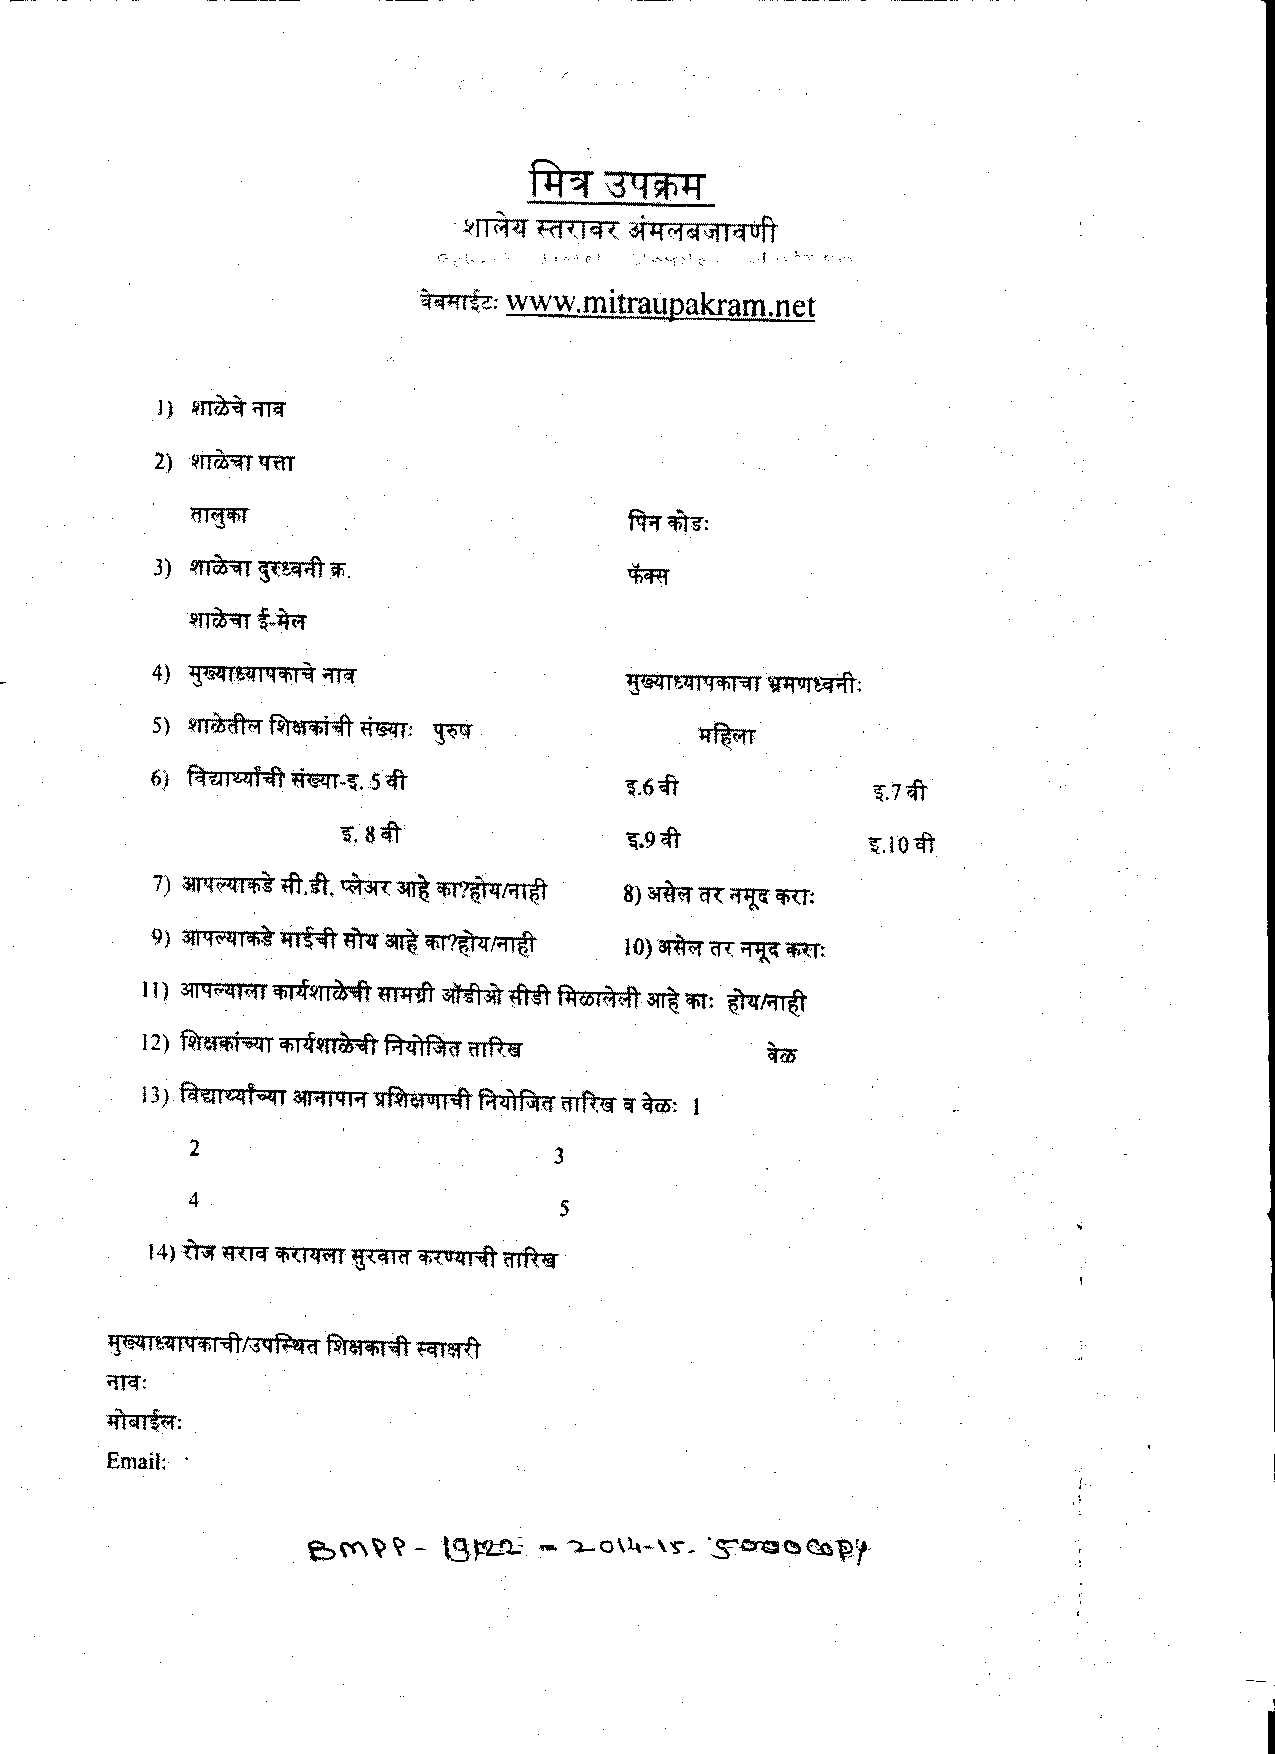
m
 \jq#)'"f
 -!!rri9<T Rf ( I '4 ~ af lf &I ¢1\Jf I '4 oft
 www.mitraupakram.net
 ~'~'Hfl~e::
 ~
 3) ~~Sf;.
 ~t-in:r
 4) ~t414Cfll~ ;mr
 5) ~ltd>dlti1 ~Cfliift ~:
 ~
 6) f4?JIIUIY;;fi ~-~. 5 '<ft   ~.6 '<ft         '(. 7 '<ft
 ~. 8 '<ft         '(.9 eft
 ~.iO<fi
 7) ~1'4~41ifl4lft".if. ~ant~~
 8).  (ft ~ if!U:
 9) J.qj<jt¥41Cfl4 ~~ant~~        ·arm:r
 10 )  <n:: ~<flU:
 12> ~!!1Cfli~1 m~f.h:iH'l!d ~
 13) f4?JtiUiflikfl atl'11ql"f ~f.i~lf\ild ~ilf~: 1
 2
 3
 4
 5
 lj~ft4iqCfif;;ftf'3q~d ~&lCfll::;fi ~le:ttl
 ;mr:
 4'1<ill ~{:1:
 Email: ·